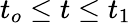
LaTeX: t_{o}\leq t\leq t_{1}